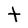
Character: t